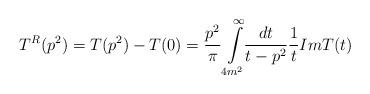
LaTeX: \begin{align*}T^{R}(p^{2}) = T(p^{2}) - T(0) = \frac{p^{2}}{\pi} \int\limits^{\infty}_{4m^{2}}\!\!\frac{dt}{t-p^{2}} \frac{1}{t}Im T(t)\end{align*}